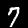
Label: 7